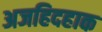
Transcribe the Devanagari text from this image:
अजहिदहाक